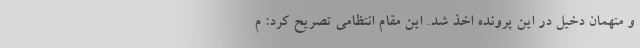
و متهمان دخیل در این پرونده اخذ شد. این مقام انتظامی تصریح کرد: م